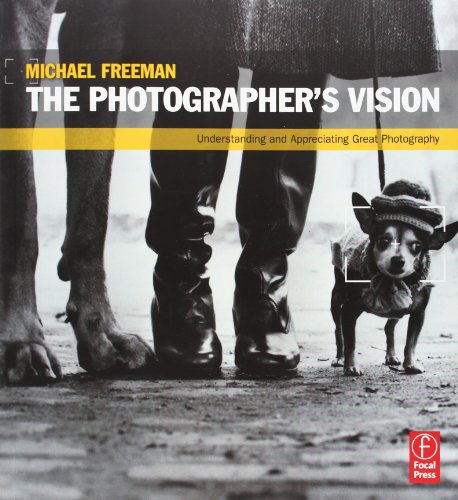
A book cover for The Photographer's Vision: Understanding and Appreciating Great Photography; Michael Freeman; Arts & Photography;